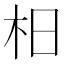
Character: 𣏬